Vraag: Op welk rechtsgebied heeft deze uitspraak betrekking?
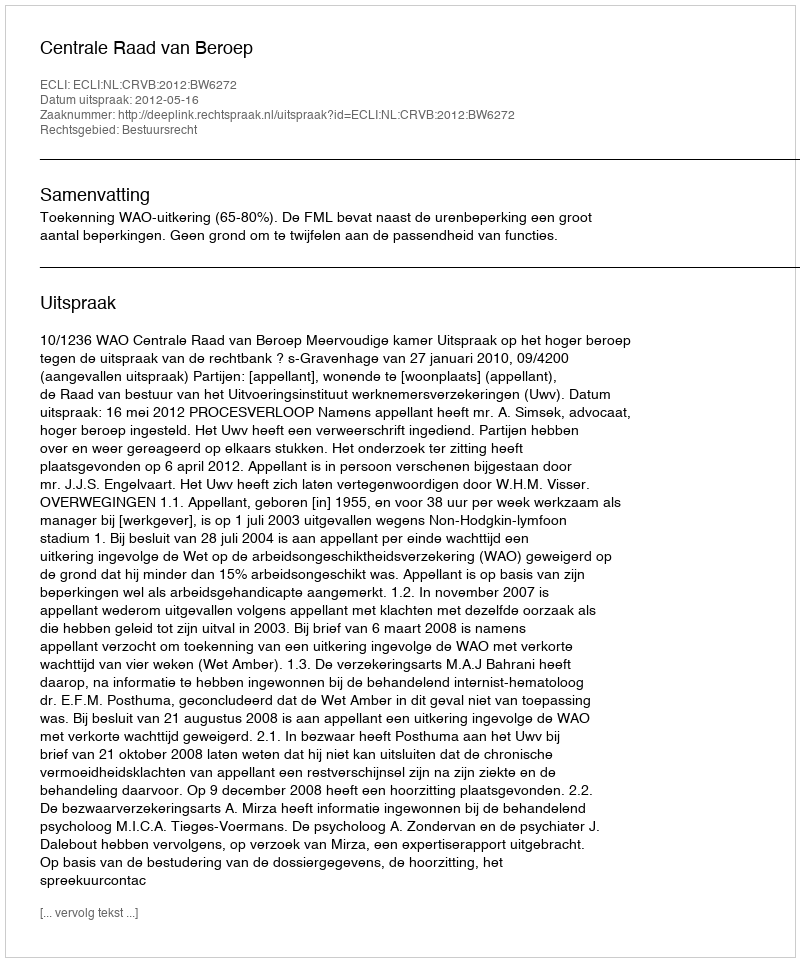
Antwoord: Bestuursrecht